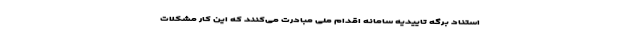
استناد برگه تاییدیه سامانه اقدام ملی مبادرت می‌کنند که این کار مشکلات